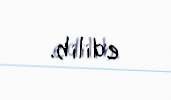
edilib.